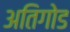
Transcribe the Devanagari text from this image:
अतिगोड